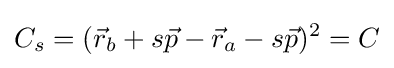
C_{s}=({\vec {r}}_{b}+s{\vec {p}}-{\vec {r}}_{a}-s{\vec {p}})^{2}=C